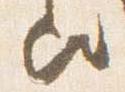
歟